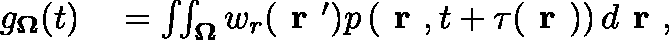
\begin{array} { r l } { g _ { \mathbf { \Omega } } ( t ) } & { { } = \iint _ { \mathbf { \Omega } } w _ { r } ( \textbf { r } ^ { \prime } ) p \left( \textbf { r } , t + \tau ( \textbf { r } ) \right) d \textbf { r } , } \end{array}